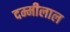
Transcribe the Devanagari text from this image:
दम्मीलाल